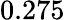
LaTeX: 0.275